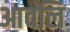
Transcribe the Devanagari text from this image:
आवलि